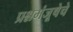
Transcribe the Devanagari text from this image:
प्रश्नमंजूषेचे